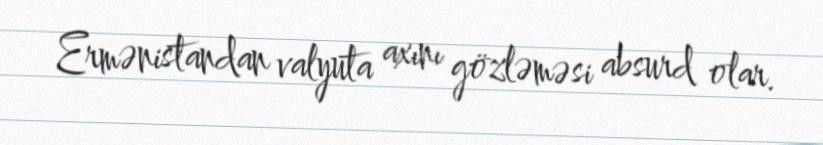
Ermənistandan valyuta axını gözləməsi absurd olar.